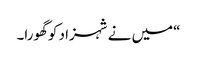
“میں نے شہزاد کو گھورا۔